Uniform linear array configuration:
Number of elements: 8
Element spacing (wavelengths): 0.5
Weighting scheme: uniform
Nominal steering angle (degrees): -45
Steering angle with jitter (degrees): -45.867
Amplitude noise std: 0.05
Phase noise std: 0.05

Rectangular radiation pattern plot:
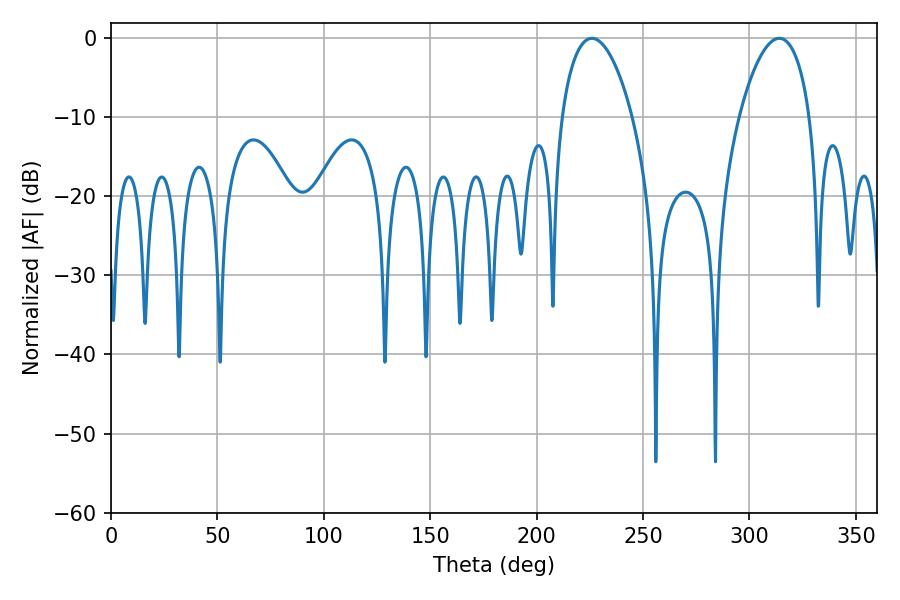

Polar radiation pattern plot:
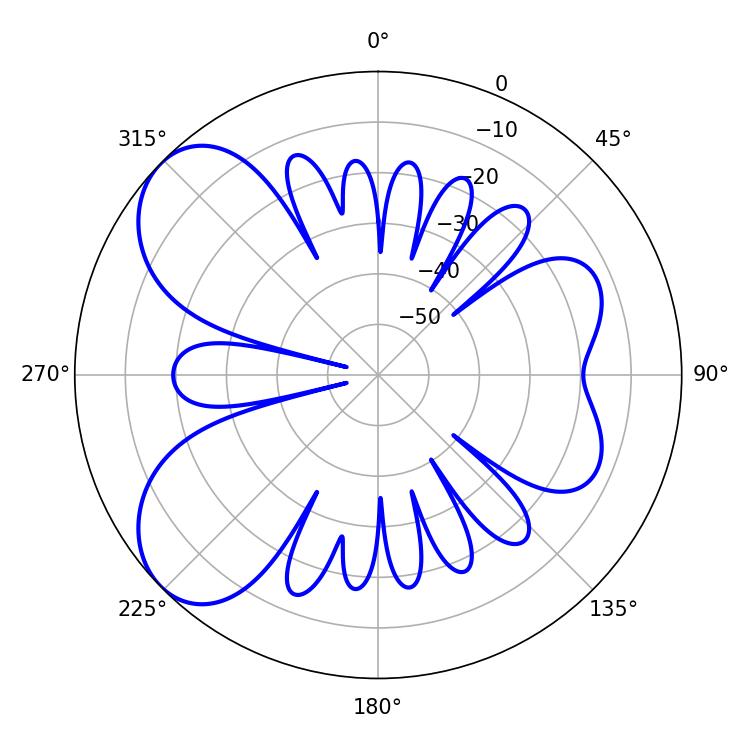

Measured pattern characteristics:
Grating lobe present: FALSE
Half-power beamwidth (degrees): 18.72
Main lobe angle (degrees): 225.9